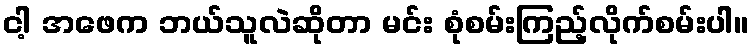
ငါ့ အဖေက ဘယ်သူလဲဆိုတာ မင်း စုံစမ်းကြည့်လိုက်စမ်းပါ။